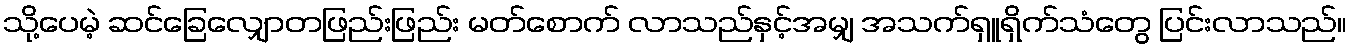
သို့ပေမဲ့ ဆင်ခြေလျှောတဖြည်းဖြည်း မတ်စောက် လာသည်နှင့်အမျှ အသက်ရှူရှိက်သံတွေ ပြင်းလာသည်။